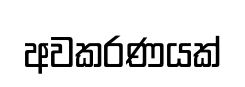
අවකරණයක්